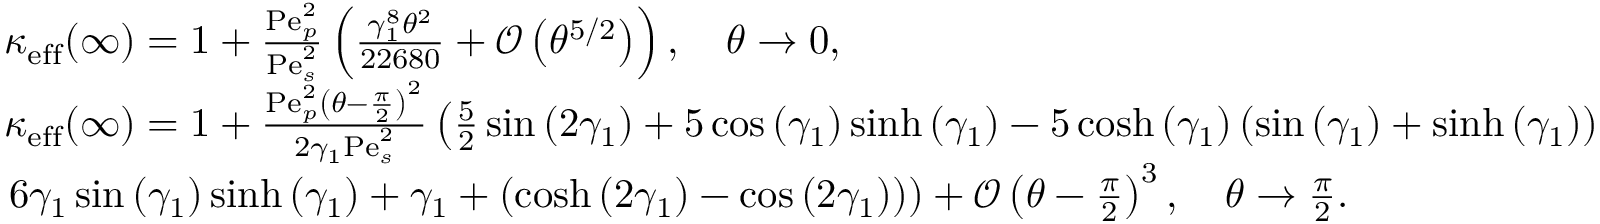
\begin{array} { r l } & { \kappa _ { \mathrm { e f f } } ( \infty ) = 1 + \frac { \mathrm { P e } _ { p } ^ { 2 } } { \mathrm { P e } _ { s } ^ { 2 } } \left( \frac { \gamma _ { 1 } ^ { 8 } \theta ^ { 2 } } { 2 2 6 8 0 } + \mathcal { O } \left( \theta ^ { 5 / 2 } \right) \right) , \quad \theta \rightarrow 0 , } \\ & { \kappa _ { \mathrm { e f f } } ( \infty ) = 1 + \frac { \mathrm { P e } _ { p } ^ { 2 } \left( \theta - \frac { \pi } { 2 } \right) ^ { 2 } } { 2 \gamma _ { 1 } \mathrm { P e } _ { s } ^ { 2 } } \left( \frac { 5 } { 2 } \sin \left( 2 \gamma _ { 1 } \right) + 5 \cos \left( \gamma _ { 1 } \right) \sinh \left( \gamma _ { 1 } \right) - 5 \cosh \left( \gamma _ { 1 } \right) \left( \sin \left( \gamma _ { 1 } \right) + \sinh \left( \gamma _ { 1 } \right) \right) \right. } \\ & { \left. 6 \gamma _ { 1 } \sin \left( \gamma _ { 1 } \right) \sinh \left( \gamma _ { 1 } \right) + \gamma _ { 1 } + \left( \cosh \left( 2 \gamma _ { 1 } \right) - \cos \left( 2 \gamma _ { 1 } \right) \right) \right) + \mathcal { O } \left( \theta - \frac { \pi } { 2 } \right) ^ { 3 } , \quad \theta \rightarrow \frac { \pi } { 2 } . } \end{array}